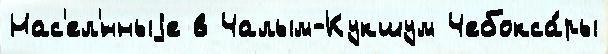
Нас'ел'́нныjе в Чалым-Кукшум Чебокса́ры